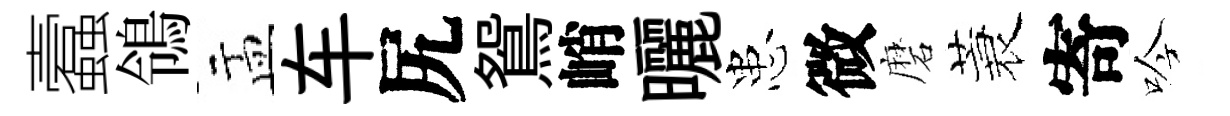
蠧鴒盂车尻鴛峭曬患微磨蓑寄吟